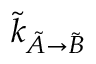
\Tilde { k } _ { \Tilde { A } \rightarrow \Tilde { B } }